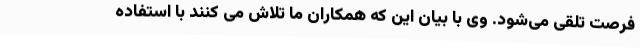
فرصت تلقی می‌شود. وی با بیان این که همکاران ما تلاش می کنند با استفاده